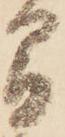
間